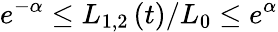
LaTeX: e^{-\alpha}\leq L_{1,2}\left(t\right)/L_{0}\leq e^{\alpha}